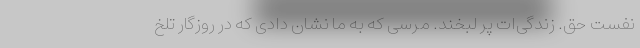
نفست حق. زندگی‌ات پر لبخند. مرسی که به ما نشان دادی که در روزگار تلخ